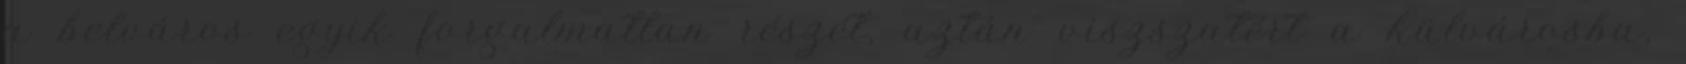
a belváros egyik forgalmatlan részét, aztán viszszatért a külvárosba,